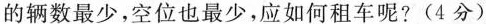
的辆数最少，空位也最少，应如何租车呢?(4分)